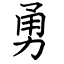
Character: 勇